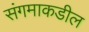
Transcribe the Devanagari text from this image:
संगमाकडील